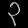
Digit: ၃